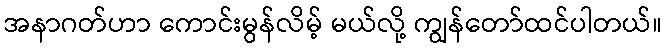
အနာဂတ်ဟာ ကောင်းမွန်လိမ့် မယ်လို့ ကျွန်တော်ထင်ပါတယ်။